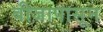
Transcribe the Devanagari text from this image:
बीजापासून